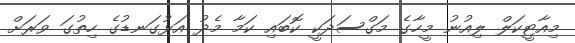
މިއާޓީކަލް ލިއުނު މީހާގެ މަގްސަދަކީ ކޮބައި ކަމާ މެދު އަޅުގަނޑުގެ ހިތުގަ ވަރަށް